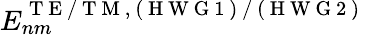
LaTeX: E_{nm}^{\mathrm{~T~E~/~T~M~,~(~H~W~G~1~)~/~(~H~W~G~2~)~}}